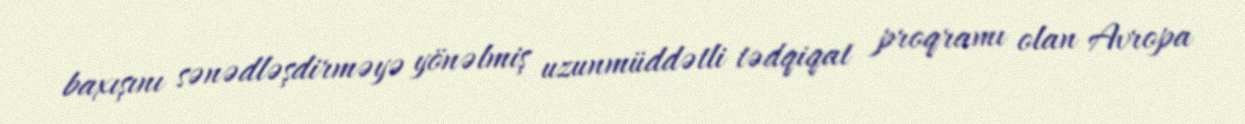
baxışını sənədləşdirməyə yönəlmiş uzunmüddətli tədqiqat proqramı olan Avropa